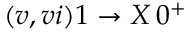
( v , v i ) 1 \to X \, 0 ^ { + }